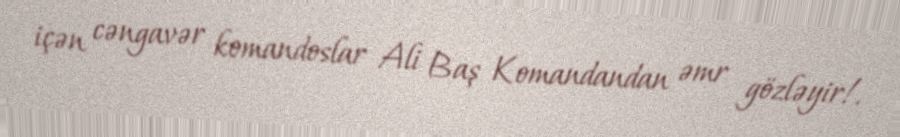
içən cəngavər komandoslar Ali Baş Komandandan əmr gözləyir!.